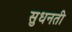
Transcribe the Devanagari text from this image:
सुधनती